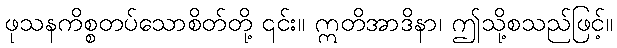
ဖုသနကိစ္စတပ်သောစိတ်တို့ ၎င်း။ ဣတိအာဒိနာ၊ ဤသို့စသည်ဖြင့်။